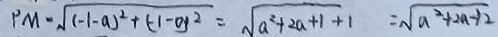
P M = \sqrt { ( - 1 - a ) ^ { 2 } + ( - 1 - 0 ) ^ { 2 } } = \sqrt { a ^ { 2 } + 2 a + 1 + 1 } = \sqrt { a ^ { 2 } + 2 a - 1 2 }